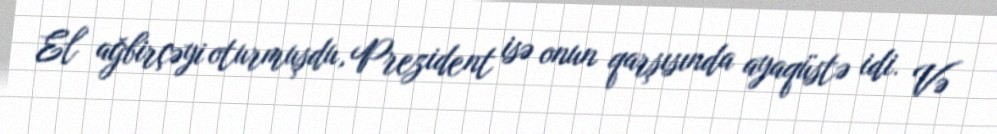
El ağbirçəyi oturmuşdu, Prezident isə onun qarşısında ayaqüstə idi. Və